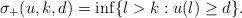
LaTeX: \begin{align*}\sigma_+(u,k,d) &= \inf \{l > k: u(l) \geq d \}. \end{align*}